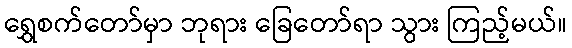
ရွှေစက်တော်မှာ ဘုရား ခြေတော်ရာ သွား ကြည့်မယ်။